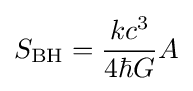
S_{\text{BH}}={\frac {kc^{3}}{4\hbar G}}A